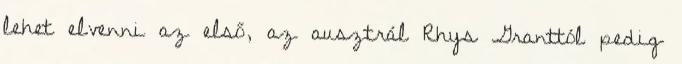
lehet elvenni az első, az ausztrál Rhys Granttól pedig